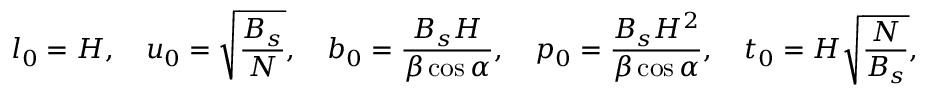
l _ { 0 } = H , \quad u _ { 0 } = \sqrt { \frac { B _ { s } } { N } } , \quad b _ { 0 } = \frac { B _ { s } H } { \beta \cos \alpha } , \quad p _ { 0 } = \frac { B _ { s } H ^ { 2 } } { \beta \cos \alpha } , \quad t _ { 0 } = H \sqrt { \frac { N } { B _ { s } } } ,